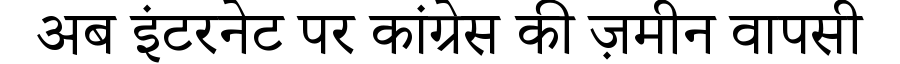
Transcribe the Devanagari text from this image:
अब इंटरनेट पर कांग्रेस की ज़मीन वापसी